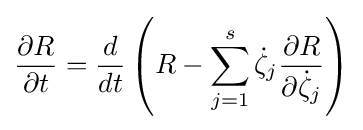
{\frac {\partial R}{\partial t}}={\dfrac {d}{dt}}\left(R-\sum _{j=1}^{s}{\dot {\zeta }}_{j}{\frac {\partial R}{\partial {\dot {\zeta }}_{j}}}\right)